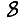
Digit: 8